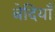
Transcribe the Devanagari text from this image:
बेदियाँ